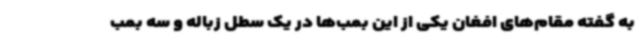
به گفته مقام‌های افغان یکی از این بمب‌ها در یک سطل زباله و سه بمب